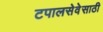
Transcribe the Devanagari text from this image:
टपालसेवेसाठी